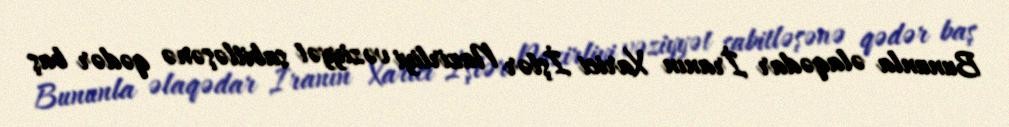
Bununla əlaqədar İranın Xarici İşlər Nazirliyi vəziyyət sabitləşənə qədər baş